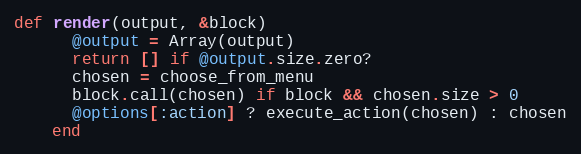
Language: Ruby
def render(output, &block)
      @output = Array(output)
      return [] if @output.size.zero?
      chosen = choose_from_menu
      block.call(chosen) if block && chosen.size > 0
      @options[:action] ? execute_action(chosen) : chosen
    end